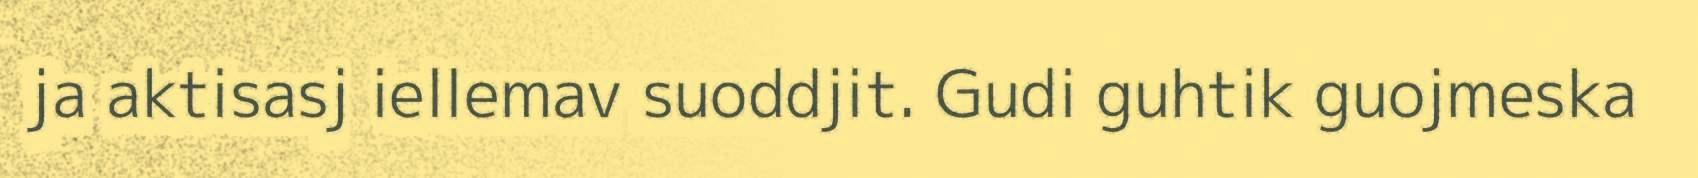
ja aktisasj iellemav suoddjit. Gudi guhtik guojmeska